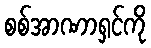
စစ်အာဏာရှင်ကို